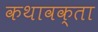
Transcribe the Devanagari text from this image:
कथावक्ता